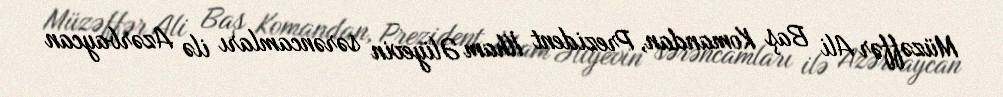
Müzəffər Ali Baş Komandan, Prezident İlham Əliyevin sərəncamları ilə Azərbaycan